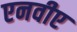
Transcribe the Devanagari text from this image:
एनवीए